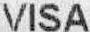
VISA